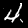
Digit: 4